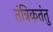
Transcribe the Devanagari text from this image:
तंत्रिकतंतु